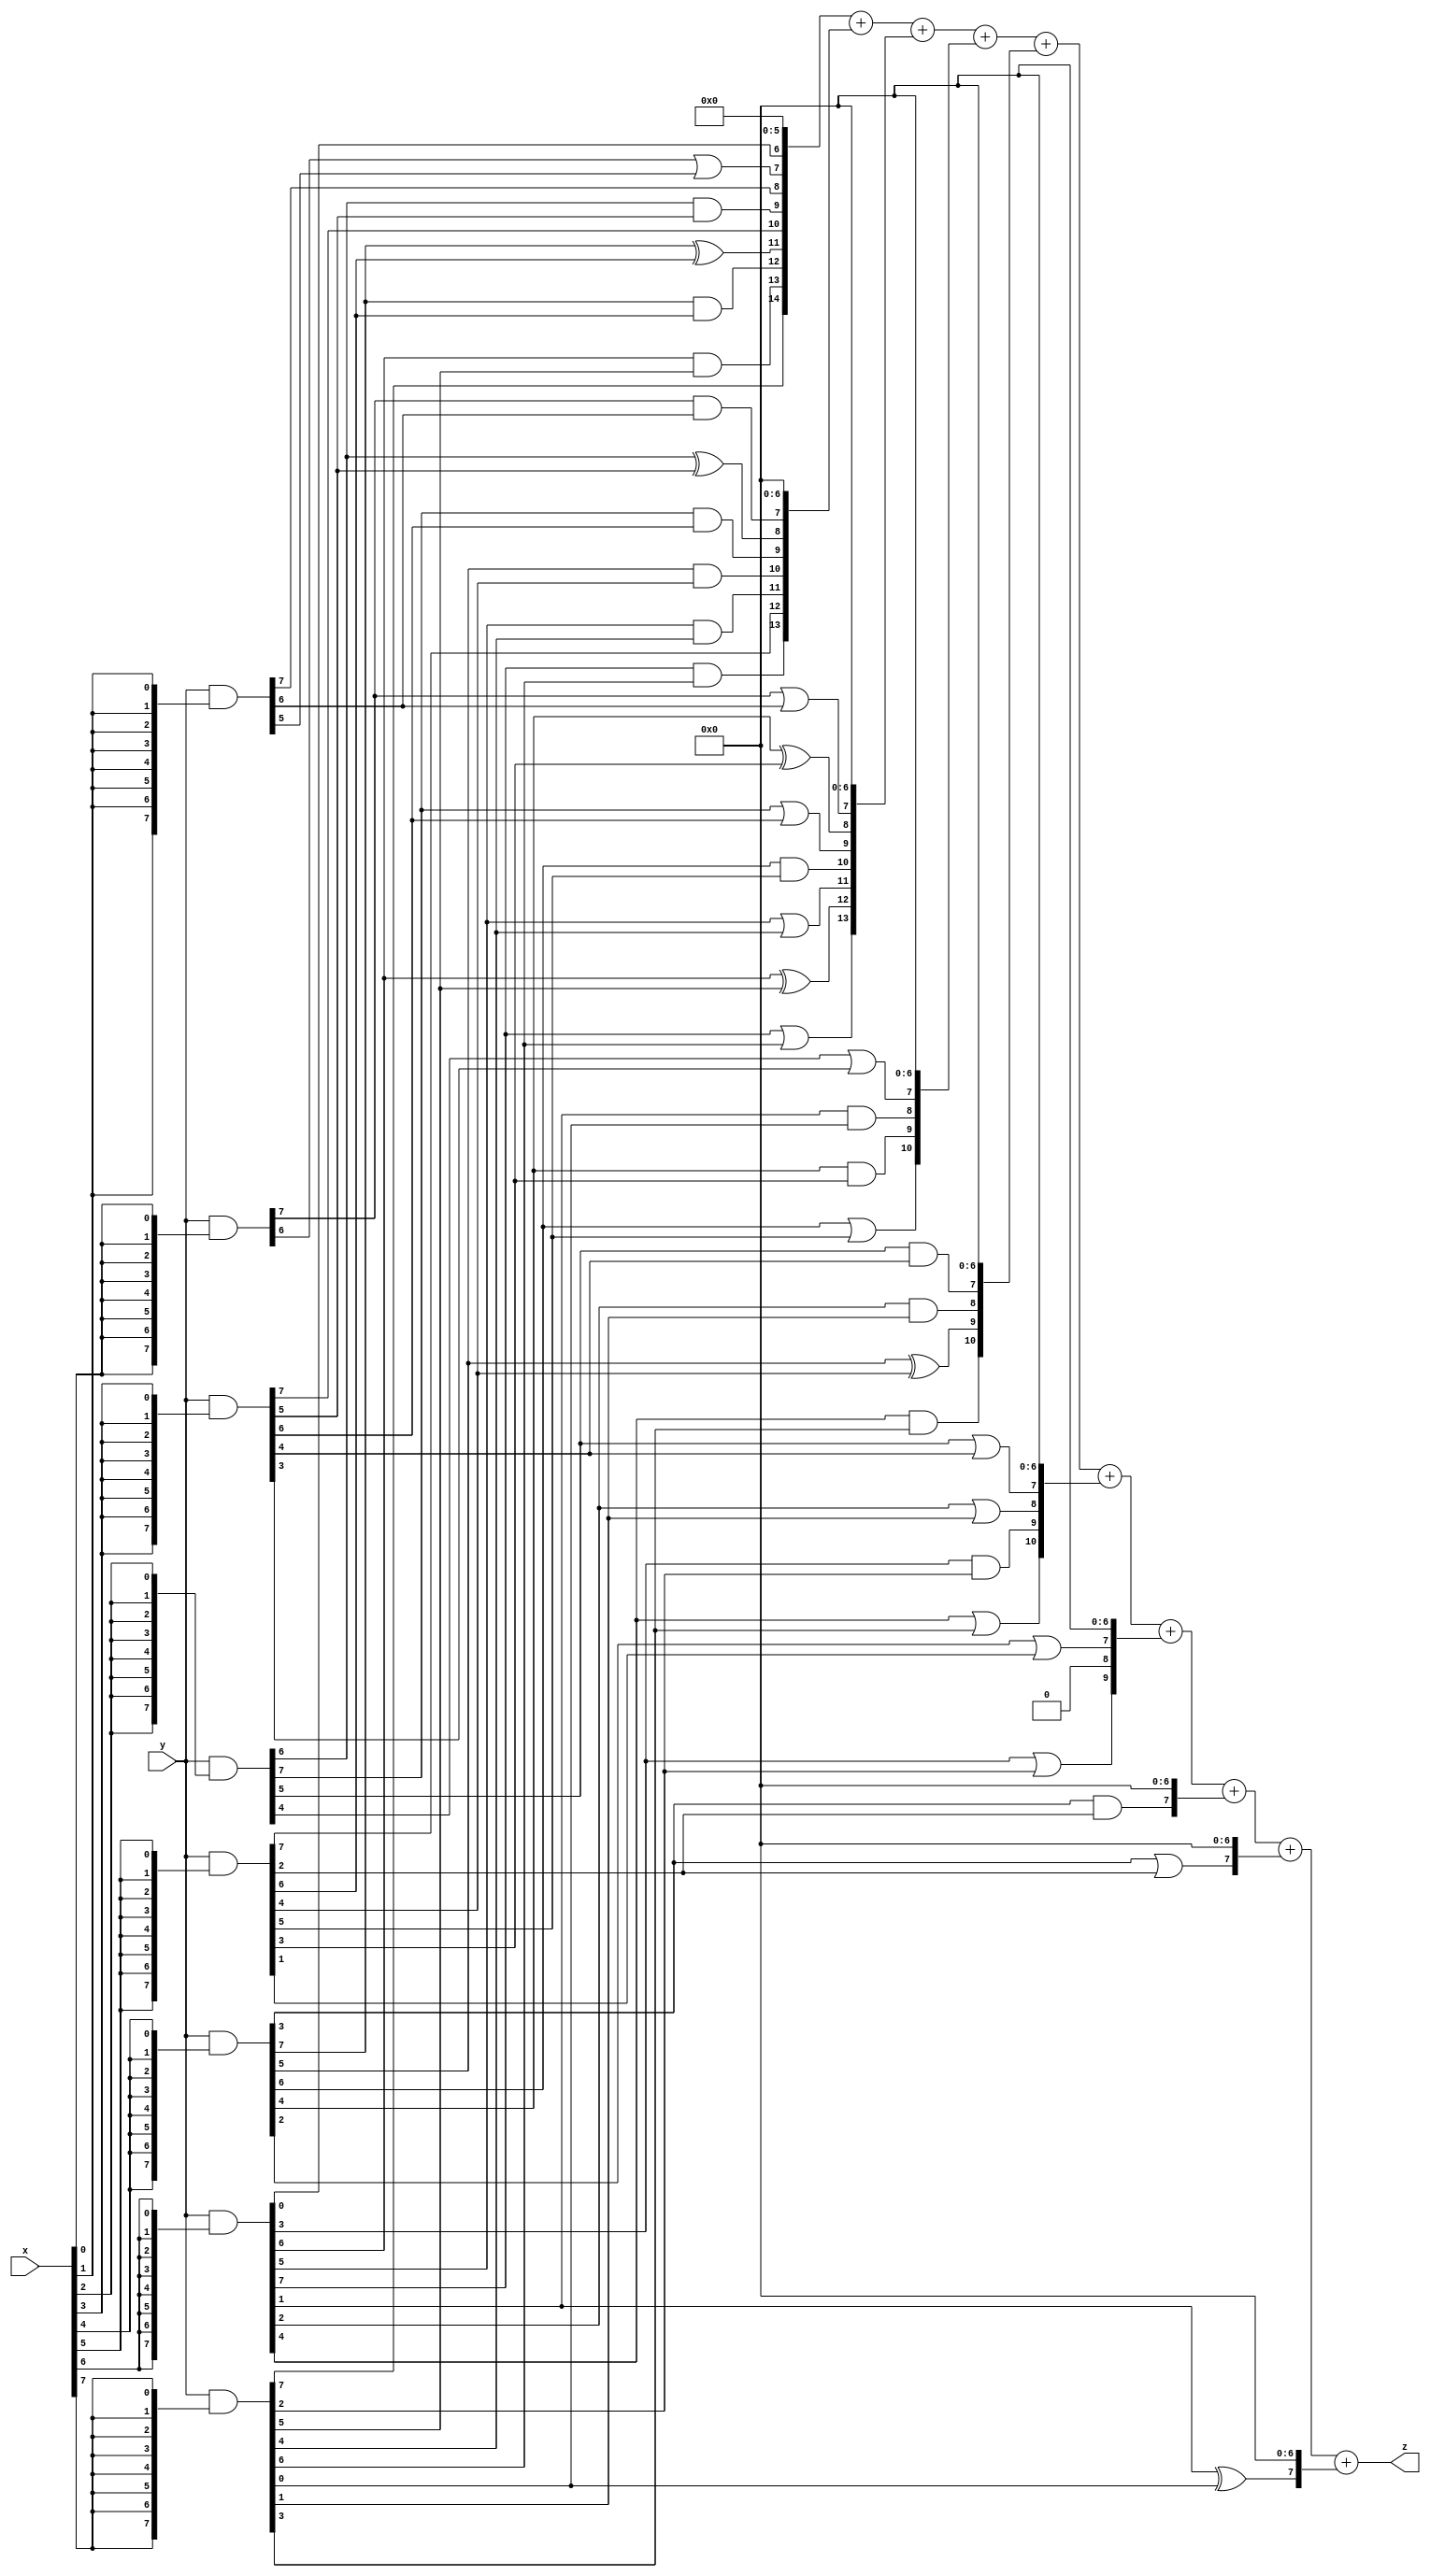
// terms: 40
// fval:  51734.25

module unsigned_8x8_l8_lamb1200_0 (
	input [7:0] x,
	input [7:0] y,
	output [15:0] z
);


wire [7:0] part1 =  y & {8{x[0]}};
wire [7:0] part2 =  y & {8{x[1]}};
wire [7:0] part3 =  y & {8{x[2]}};
wire [7:0] part4 =  y & {8{x[3]}};
wire [7:0] part5 =  y & {8{x[4]}};
wire [7:0] part6 =  y & {8{x[5]}};
wire [7:0] part7 =  y & {8{x[6]}};
wire [7:0] part8 =  y & {8{x[7]}};

wire [14:0] new_part1;
assign new_part1[0] = 0;
assign new_part1[1] = 0;
assign new_part1[2] = 0;
assign new_part1[3] = 0;
assign new_part1[4] = 0;
assign new_part1[5] = 0;
assign new_part1[6] = part7[0];
assign new_part1[7] = part1[6] | part2[5];
assign new_part1[8] = part2[7];
assign new_part1[9] = part3[6] & part4[5];
assign new_part1[10] = part4[7];
assign new_part1[11] = part5[7] ^ part6[6];
assign new_part1[12] = part5[7] & part6[6];
assign new_part1[13] = part7[6] & part8[5];
assign new_part1[14] = part8[7];

wire [13:0] new_part2;
assign new_part2[0] = 0;
assign new_part2[1] = 0;
assign new_part2[2] = 0;
assign new_part2[3] = 0;
assign new_part2[4] = 0;
assign new_part2[5] = 0;
assign new_part2[6] = 0;
assign new_part2[7] = part1[7] & part2[6];
assign new_part2[8] = part3[6] ^ part4[5];
assign new_part2[9] = part3[7] & part4[6];
assign new_part2[10] = part5[5] & part6[4];
assign new_part2[11] = part7[5] & part8[4];
assign new_part2[12] = part6[7];
assign new_part2[13] = part7[7] & part8[6];

wire [13:0] new_part3;
assign new_part3[0] = 0;
assign new_part3[1] = 0;
assign new_part3[2] = 0;
assign new_part3[3] = 0;
assign new_part3[4] = 0;
assign new_part3[5] = 0;
assign new_part3[6] = 0;
assign new_part3[7] = part1[7] | part2[6];
assign new_part3[8] = part5[4] ^ part6[3];
assign new_part3[9] = part3[7] | part4[6];
assign new_part3[10] = part5[6] & part6[5];
assign new_part3[11] = part7[5] | part8[4];
assign new_part3[12] = part7[6] ^ part8[5];
assign new_part3[13] = part7[7] | part8[6];

wire [10:0] new_part4;
assign new_part4[0] = 0;
assign new_part4[1] = 0;
assign new_part4[2] = 0;
assign new_part4[3] = 0;
assign new_part4[4] = 0;
assign new_part4[5] = 0;
assign new_part4[6] = 0;
assign new_part4[7] = part3[4] | part4[3];
assign new_part4[8] = part7[1] & part8[0];
assign new_part4[9] = part5[4] & part6[3];
assign new_part4[10] = part5[6] | part6[5];

wire [10:0] new_part5;
assign new_part5[0] = 0;
assign new_part5[1] = 0;
assign new_part5[2] = 0;
assign new_part5[3] = 0;
assign new_part5[4] = 0;
assign new_part5[5] = 0;
assign new_part5[6] = 0;
assign new_part5[7] = part3[5] & part4[4];
assign new_part5[8] = part7[2] & part8[1];
assign new_part5[9] = part5[5] ^ part6[4];
assign new_part5[10] = part7[4] & part8[3];

wire [10:0] new_part6;
assign new_part6[0] = 0;
assign new_part6[1] = 0;
assign new_part6[2] = 0;
assign new_part6[3] = 0;
assign new_part6[4] = 0;
assign new_part6[5] = 0;
assign new_part6[6] = 0;
assign new_part6[7] = part3[5] | part4[4];
assign new_part6[8] = part7[2] | part8[1];
assign new_part6[9] = part7[3] & part8[2];
assign new_part6[10] = part7[4] | part8[3];

wire [9:0] new_part7;
assign new_part7[0] = 0;
assign new_part7[1] = 0;
assign new_part7[2] = 0;
assign new_part7[3] = 0;
assign new_part7[4] = 0;
assign new_part7[5] = 0;
assign new_part7[6] = 0;
assign new_part7[7] = part5[2] | part6[1];
assign new_part7[8] = 0;
assign new_part7[9] = part7[3] | part8[2];

wire [7:0] new_part8;
assign new_part8[0] = 0;
assign new_part8[1] = 0;
assign new_part8[2] = 0;
assign new_part8[3] = 0;
assign new_part8[4] = 0;
assign new_part8[5] = 0;
assign new_part8[6] = 0;
assign new_part8[7] = part5[3] & part6[2];

wire [7:0] new_part9;
assign new_part9[0] = 0;
assign new_part9[1] = 0;
assign new_part9[2] = 0;
assign new_part9[3] = 0;
assign new_part9[4] = 0;
assign new_part9[5] = 0;
assign new_part9[6] = 0;
assign new_part9[7] = part5[3] | part6[2];

wire [7:0] new_part10;
assign new_part10[0] = 0;
assign new_part10[1] = 0;
assign new_part10[2] = 0;
assign new_part10[3] = 0;
assign new_part10[4] = 0;
assign new_part10[5] = 0;
assign new_part10[6] = 0;
assign new_part10[7] = part7[1] ^ part8[0];

assign z = new_part1 + new_part2 + new_part3 + new_part4 + new_part5 + new_part6 + new_part7 + new_part8 + new_part9 + new_part10;
endmodule